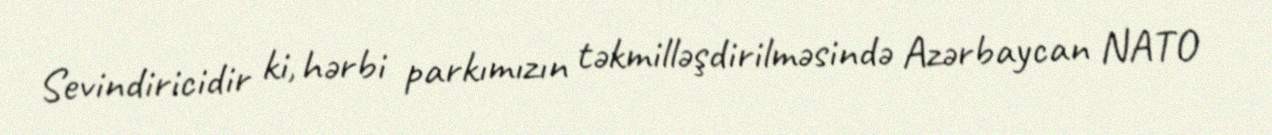
Sevindiricidir ki, hərbi parkımızın təkmilləşdirilməsində Azərbaycan NATO